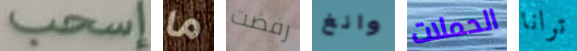
إسحب ما رفضت وانغ الحملات ترانا